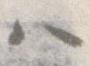
ハ